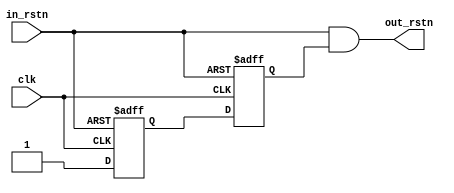
module rst_sync (
input wire clk,
input wire in_rstn,
output wire out_rstn
);

reg rstn_d1;
reg rstn_d2;

always @ (posedge clk or negedge in_rstn)
begin
	if(!in_rstn)
	begin
		rstn_d1 <= 1'b0;
		rstn_d2 <= 1'b0;
	end
	else
	begin
		rstn_d1 <= 1'b1;
		rstn_d2 <= rstn_d1;
	end
end
assign out_rstn = in_rstn && rstn_d2;


endmodule